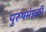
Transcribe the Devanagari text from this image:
पुरुषमंडळी